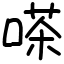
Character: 嗏